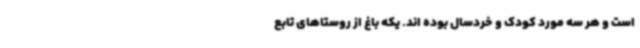
است و هر سه مورد کودک و خردسال بوده اند. یکه باغ از روستاهای تابع